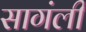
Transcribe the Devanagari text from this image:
सागंली